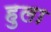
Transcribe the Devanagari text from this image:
हुला